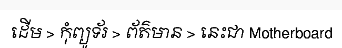
ដើម > កុំព្យូទ័រ > ព័ត៌មាន > នេះជា Motherboard